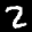
Label: 2